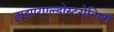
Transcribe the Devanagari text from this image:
हाइपरएल्डोस्टरोनिज्म